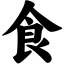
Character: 食